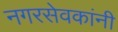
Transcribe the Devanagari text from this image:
नगरसेवकांनी